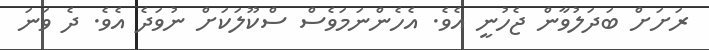
ރަށަށް ބަދަލުވާން ޖެހުނީ އެވެ. އެހެންނަމަވެސް ސްކޫލަކަށް ނުވަދެ އެވެ. ދެ ވަނަ